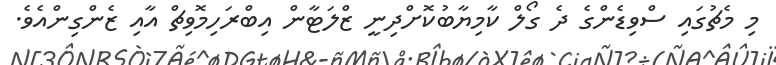
މި މެޗުގައި ސްވިޑެންގެ ދެ ގޯލް ކާމިޔާބުކޮށްދިނީ ޒްލަޓާން އިބްރަހިމޮވިޗް އާއި ޒެންގިންއެވެ.